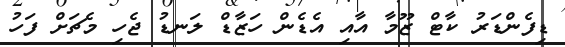
ޑިފެންޑަރު ކާޓް ޒޫމާ އާއި އެޑެން ހަޒާޑް ލަނޑު ޖެހި މެޗަށް ފަހު